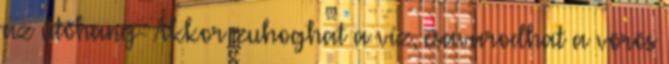
az ütőhang- Akkor zuhoghat a víz, csavarodhat a vörös